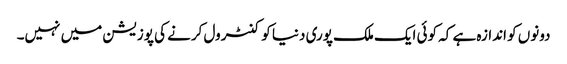
دونوں کو اندازہ ہے کہ کوئی ایک ملک پوری دنیا کو کنٹرول کرنے کی پوزیشن میں نہیں۔